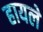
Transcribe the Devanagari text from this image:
हायले